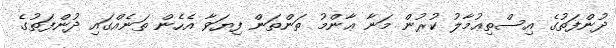
ދުންފަތުގެ އިސްތިޢުމާލު ކުރުން މަނާ ޢާންމު ތަންތަން ފިޔަވާ އެހެން ތަނެއްގައި ދުންފަތުގެ